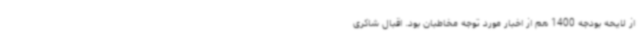
از لایحه بودجه 1400 هم از اخبار مورد توجه مخاطبان بود. اقبال شاکری